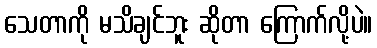
သေတာကို မသိချင်ဘူး ဆိုတာ ကြောက်လို့ပဲ။